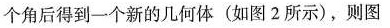
个角后得到一个新的几何体（如图2所示），则图